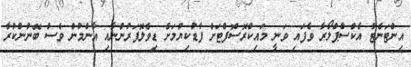
އިންޓަނެޓް އެކްސްޕްލޯރާ ވެފައި ވަނީ މައިކްރޮސޮފްޓަށް ފާޑުކިޔުމަށް ޑިވެލޮޕަރުންނާއި އާންމުން ވެސް ބޭނުންކުރާ